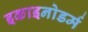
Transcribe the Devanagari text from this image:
इकाइनोडर्म